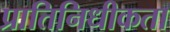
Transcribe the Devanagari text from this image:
प्रातिनिधीकता